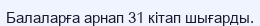
Балаларға арнап 31 кітап шығарды.